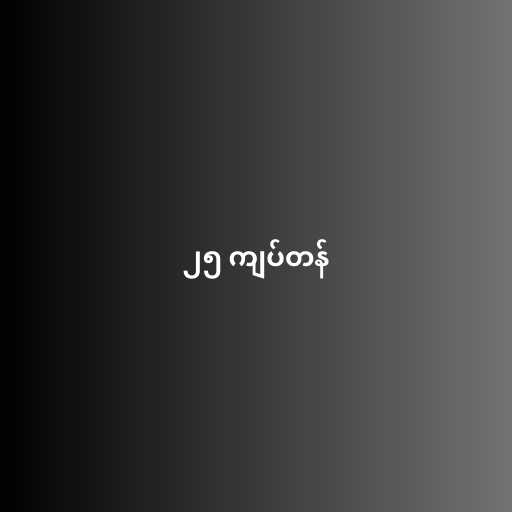
၂၅ ကျပ်တန်